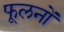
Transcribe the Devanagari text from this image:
फूलनों